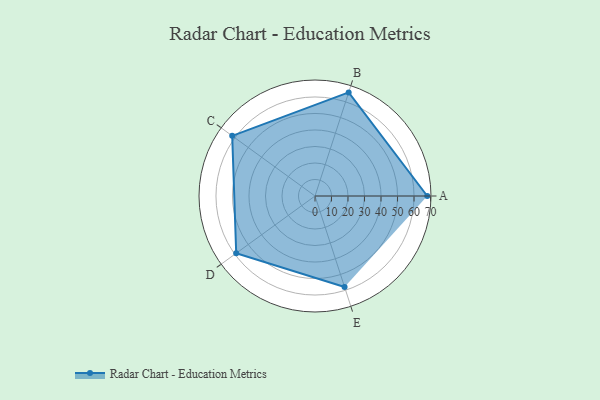
{"axis": {"x": "Skill", "y": "Score"}, "legend": ["Profile"], "data": [{"x": "A", "y": 68.0, "type": "Profile"}, {"x": "B", "y": 66.0, "type": "Profile"}, {"x": "C", "y": 62.0, "type": "Profile"}, {"x": "D", "y": 59.0, "type": "Profile"}, {"x": "E", "y": 58.0, "type": "Profile"}]}